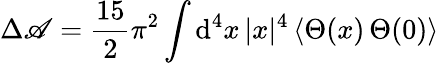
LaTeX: \Delta\mathscr{A}={\frac{{15}}{{2}}}\pi^{2}\int\mathrm{{d}}^{4}x\, |x|^{4}\, \langle\Theta(x)\, \Theta(0)\rangle